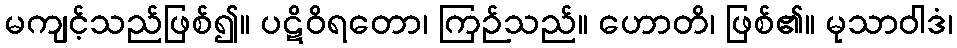
မကျင့်သည်ဖြစ်၍။ ပဋိဝိရတော၊ ကြဉ်သည်။ ဟောတိ၊ ဖြစ်၏။ မုသာဝါဒံ၊